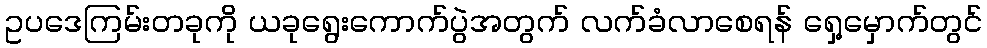
ဥပဒေကြမ်းတခုကို ယခုရွေးကောက်ပွဲအတွက် လက်ခံလာစေရန် ရှေ့မှောက်တွင်